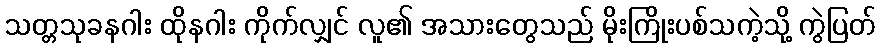
သတ္တသုခနဂါး ထိုနဂါး ကိုက်လျှင် လူ၏ အသားတွေသည် မိုးကြိုးပစ်သကဲ့သို့ ကွဲပြတ်